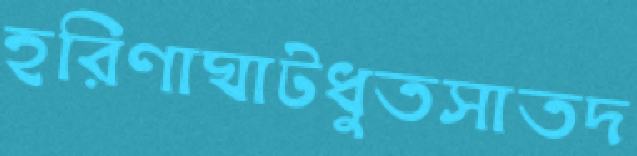
হরিণাঘাটধুতসাতদ